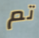
تم